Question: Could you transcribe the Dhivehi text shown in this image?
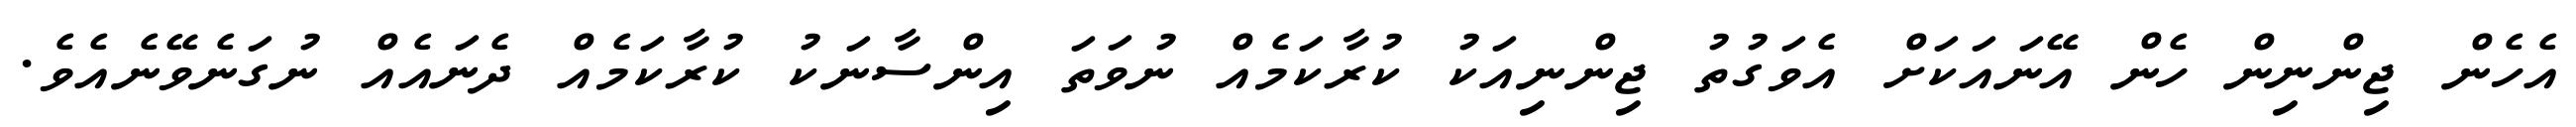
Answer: އެހެން ޖިންނިން ހެން އޭނައަކަށް އެވަގުތު ޖިންނިއަކު ކުރާކަމެއް ނުވަތަ އިންސާނަކު ކުރާކަމެއް ދެނައެއް ނުގަނެވޭނެއެވެ.